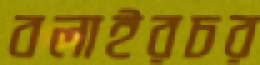
বলাইরচর